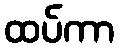
ထပ်ကာ